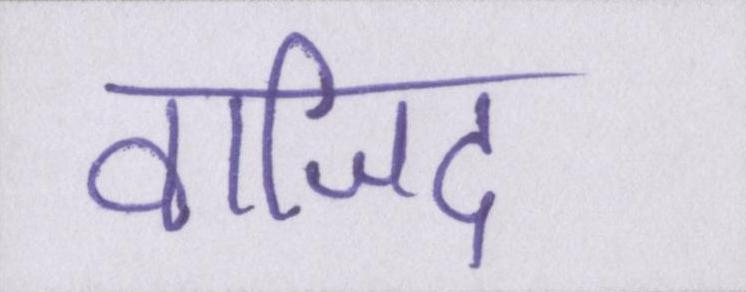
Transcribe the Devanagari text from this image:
वाजिद